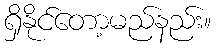
ရှိနိုင်တော့မည်နည်း။